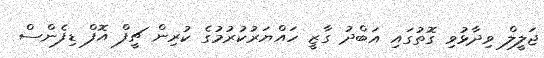
ޖަލީލް ވިދާޅުވި ގޮތުގައި އަބްދު ގާޒީ ހައްޔަރުކުރުމުގެ ކުރިން ޗީފް އޮފް ޑިފެންސް